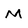
Character: M